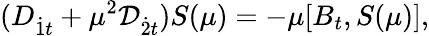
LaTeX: (D_{{\dot{1}}t}+\mu^{2}{\cal D}_{{\dot{2}}t})S(\mu)=-\mu[B_{t},S(\mu)],